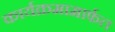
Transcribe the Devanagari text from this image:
कार्यक्रमामार्फत